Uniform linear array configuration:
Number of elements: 16
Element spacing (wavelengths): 0.5
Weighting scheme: hann
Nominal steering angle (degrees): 45
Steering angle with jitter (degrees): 46.934
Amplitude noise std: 0.05
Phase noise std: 0.05

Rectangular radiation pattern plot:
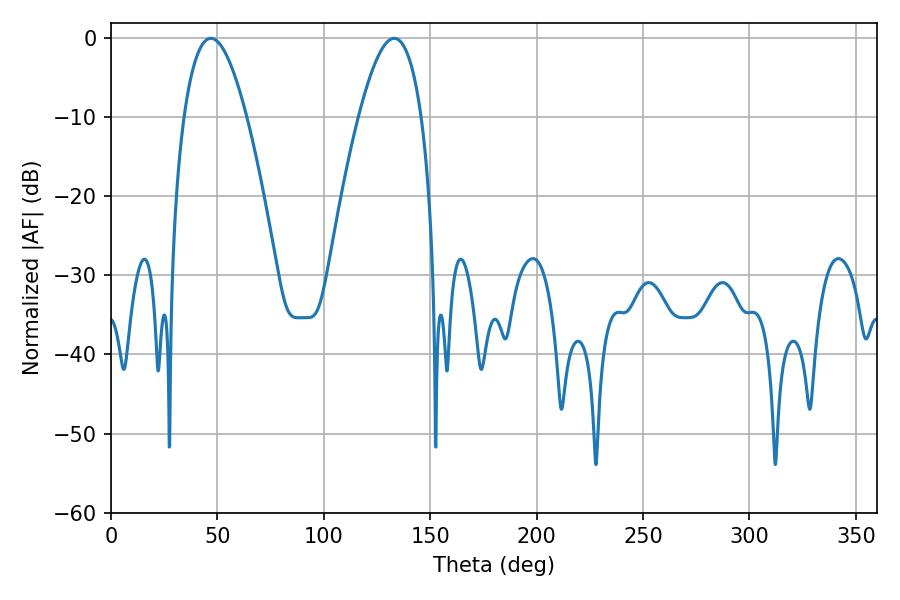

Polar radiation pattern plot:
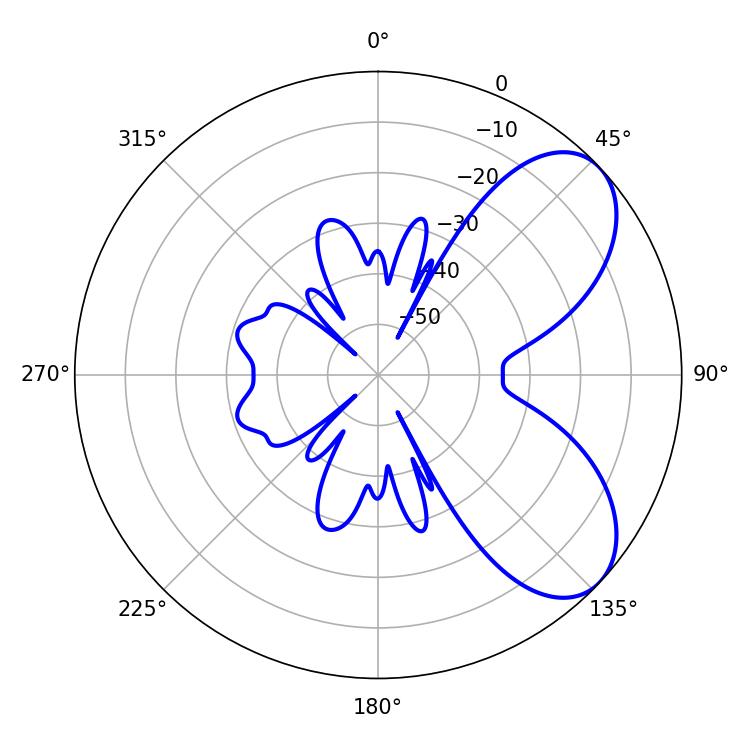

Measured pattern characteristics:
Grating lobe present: FALSE
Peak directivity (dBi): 6.505
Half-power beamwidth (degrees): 16.2
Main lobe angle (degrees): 46.98